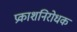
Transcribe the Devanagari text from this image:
प्रकाशनिरोधक